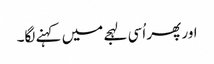
اور پھر اُسی لہجے میں کہنے لگا۔